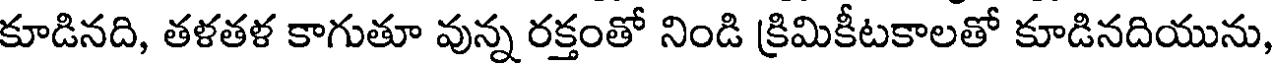
కూడినది, తళతళ కాగుతూ వున్న రక్తంతో నిండి క్రిమికీటకాలతో కూడినదియును,